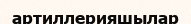
артиллерияшылар